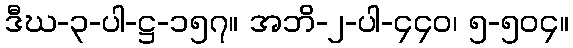
ဒီဃ-၃-ပါ-ဋ္ဌ-၁၅၇။ အဘိ-၂-ပါ-၄၄၀၊ ၅-၅၀၄။